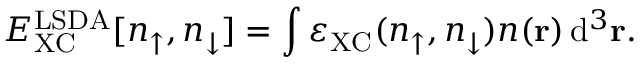
E _ { \mathrm { X C } } ^ { \mathrm { L S D A } } [ n _ { \uparrow } , n _ { \downarrow } ] = \int \varepsilon _ { \mathrm { X C } } ( n _ { \uparrow } , n _ { \downarrow } ) n ( \mathbf { r } ) \, \mathrm { d } ^ { 3 } \mathbf { r } .